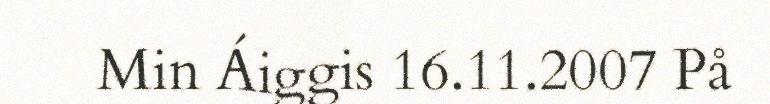
Min Áiggis 16.11.2007 På